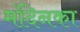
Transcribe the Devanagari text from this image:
मंदिनका